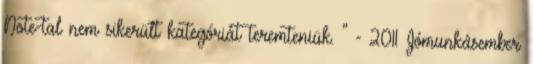
Note-tal nem sikerült kategóriát teremteniük. " - 2011 Jómunkásember